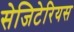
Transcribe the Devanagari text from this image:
सेजिटेरियस